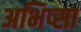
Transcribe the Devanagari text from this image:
अभिप्सा